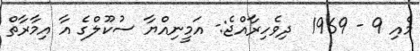
މެއި 9 - 1969  ދިވެހިރާއްޖެ:- އަމީނިއްޔާ ސުކޫލްގެ އާ އިމާރާތް